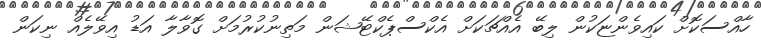
ހާއްސަކޮށް ކައިވެންޏަކުން ލިބޭ އެއްޗަކަށް އެކްސްޕެކްޓޭޝަން މަތިނުކުރުމަށް ގޮވާލާ އަޑު އިވޭލެއް ނިކަން